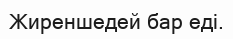
Жиреншедей бар еді.